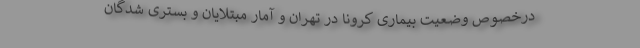
درخصوص وضعیت بیماری کرونا در تهران و آمار مبتلایان و بستری شدگان